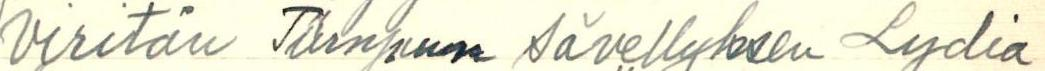
viritän Türnpun sävellyksen Lydia